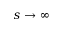
s \rightarrow \infty